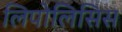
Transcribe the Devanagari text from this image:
लिपोलिसिस